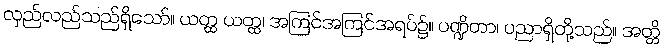
လှည်လည်သည်ရှိသော်။ ယတ္ထ ယတ္ထ၊ အကြင်အကြင်အရပ်၌။ ပဏ္ဍိတာ၊ ပညာရှိတို့သည်။ အတ္တိ